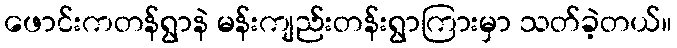
ဖောင်းကတန်ရွာနဲ မန်းကျည်းတန်းရွာကြားမှာ သတ်ခဲ့တယ်။